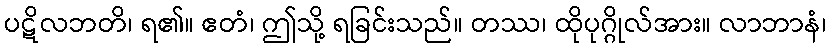
ပဋိလဘတိ၊ ရ၏။ ဧတံ၊ ဤသို့ ရခြင်းသည်။ တဿ၊ ထိုပုဂ္ဂိုလ်အား။ လာဘာနံ၊